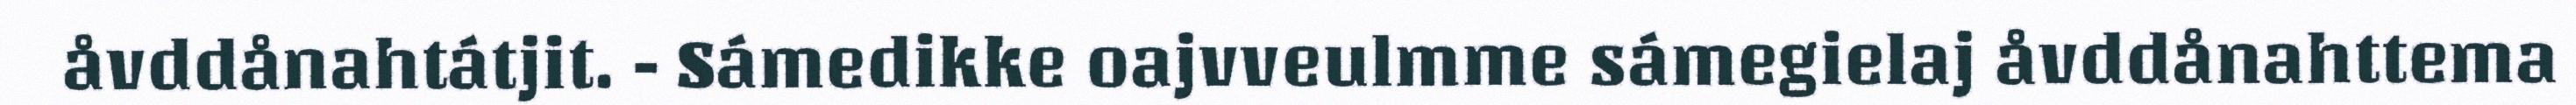
åvddånahtátjit. - Sámedikke oajvveulmme sámegielaj åvddånahttema